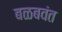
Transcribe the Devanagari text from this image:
बळबवंत